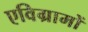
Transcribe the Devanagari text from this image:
एविग्रामों